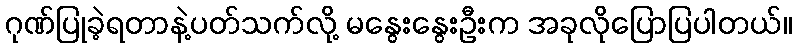
ဂုဏ်ပြုခဲ့ရတာနဲ့ပတ်သက်လို့ မနွေးနွေးဦးက အခုလိုပြောပြပါတယ်။